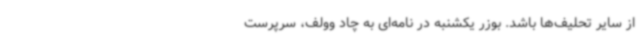
از سایر تحلیف‌ها باشد. بوزر یکشنبه در نامه‌ای به چاد وولف، سرپرست